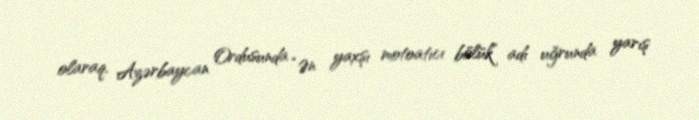
olaraq, Azərbaycan Ordusunda “Ən yaxşı motoatıcı bölük” adı uğrunda yarış